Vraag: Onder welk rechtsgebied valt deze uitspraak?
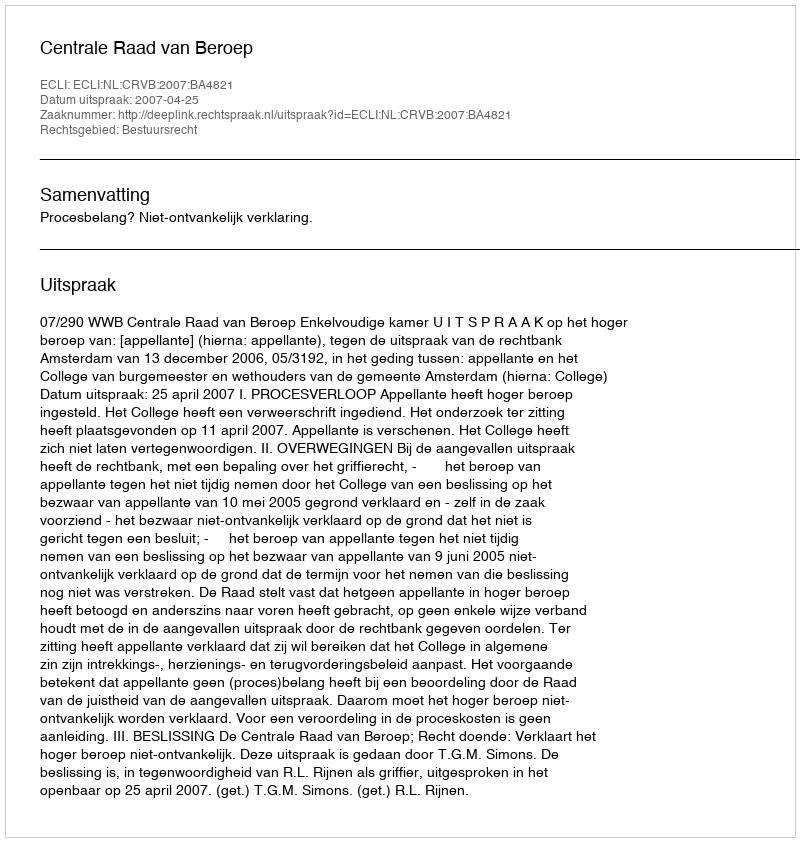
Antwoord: Bestuursrecht